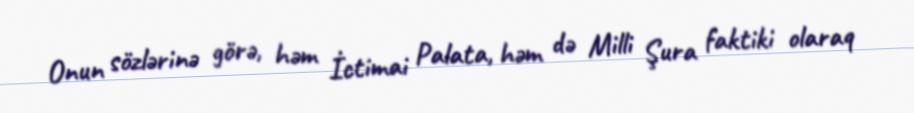
Onun sözlərinə görə, həm İctimai Palata, həm də Milli Şura faktiki olaraq